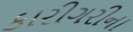
કારીગરીના